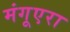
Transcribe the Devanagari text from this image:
मंगूएरा